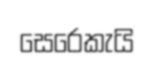
සෙරෙකැයි